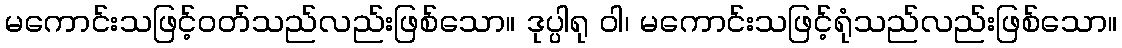
မကောင်းသဖြင့်ဝတ်သည်လည်းဖြစ်သော။ ဒုပ္ပါရု ဝါ၊ မကောင်းသဖြင့်ရုံသည်လည်းဖြစ်သော။